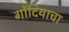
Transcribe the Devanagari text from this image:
गोंदियाचा